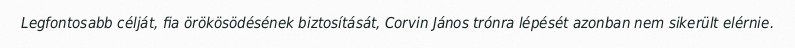
Legfontosabb célját, fia örökösödésének biztosítását, Corvin János trónra lépését azonban nem sikerült elérnie.